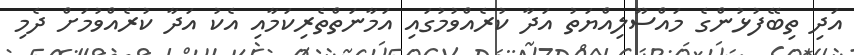
އަދި ތިބޭފުޅުންގެ މައްސޫލިއްޔަތު އަދާ ކުރެއްވުމުގައި އަމާނަތްތެރިކަމާއި އެކު އަދާ ކުރެއްވުމަށް ދެމި